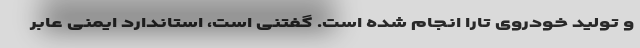
و تولید خودروی تارا انجام شده است. گفتنی است، استاندارد ایمنی عابر